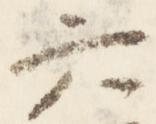
六